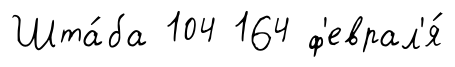
Шта́ба 104 164 ф'еврал'я́